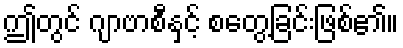
ဤတွင် ဂျာဗာစီနှင့် စတွေ့ခြင်းဖြစ်၏။